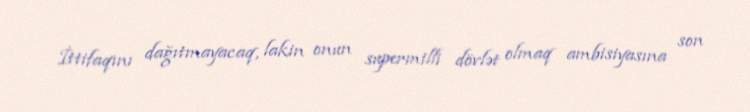
İttifaqını dağıtmayacaq, lakin onun supermilli dövlət olmaq ambisiyasına son